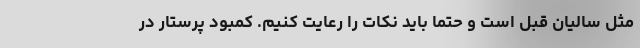
مثل سالیان قبل است و حتما باید نکات را رعایت کنیم. کمبود پرستار در